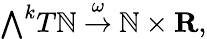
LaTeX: {\textstyle\bigwedge}^{k}T\mathbb{N}\ {\stackrel{\omega}{\to}}\ \mathbb{N}\times\mathbf{{R}},